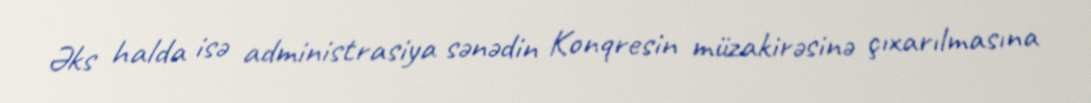
Əks halda isə administrasiya sənədin Konqresin müzakirəsinə çıxarılmasına